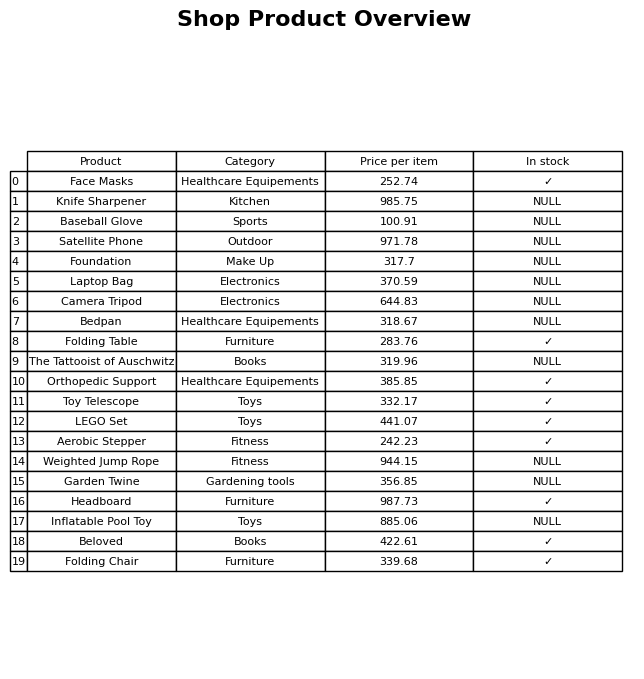
question: What is the price of the Folding Table?
answer: The price of Folding Table is 283.76.